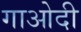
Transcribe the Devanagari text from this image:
गाओदी